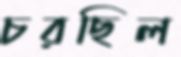
চরছিল